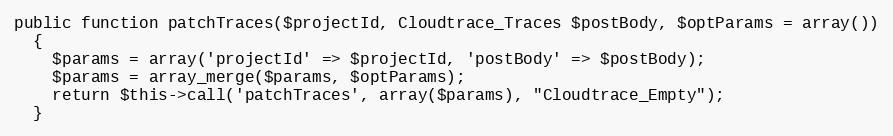
Language: PHP
public function patchTraces($projectId, Cloudtrace_Traces $postBody, $optParams = array())
  {
    $params = array('projectId' => $projectId, 'postBody' => $postBody);
    $params = array_merge($params, $optParams);
    return $this->call('patchTraces', array($params), "Cloudtrace_Empty");
  }